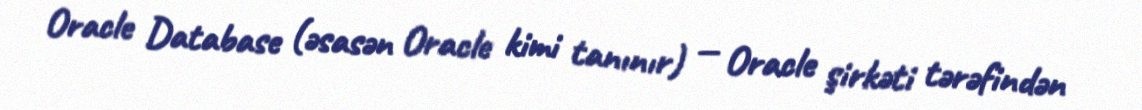
Oracle Database (əsasən Oracle kimi tanınır) — Oracle şirkəti tərəfindən